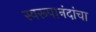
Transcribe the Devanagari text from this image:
स्वरूपानंदांचा